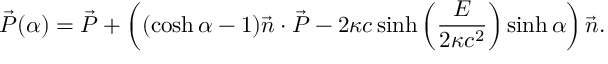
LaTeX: \vec { P } ( \alpha ) = \vec { P } + \left( ( \cosh \alpha - 1 ) \vec { n } \cdot \vec { P } - 2 \kappa c \sinh \left( \frac { E } { 2 \kappa c ^ { 2 } } \right) \sinh \alpha \right) \vec { n } .